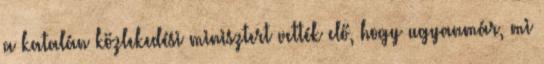
a katalán közlekedési minisztert vették elő, hogy ugyanmár, mi